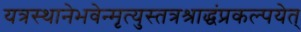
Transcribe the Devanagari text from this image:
यत्रस्थानेभवेन्मृत्युस्तत्रश्राद्धंप्रकल्पयेत्